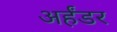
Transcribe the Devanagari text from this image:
अर्हंडर